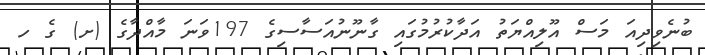
ބުނެވިދިއަ މަސް އޫލިއްޔަތު އަދާކުރުމުގައި ގާނޫނުއަސާސިގެ 197ވަނަ މާއްދާގެ (ށ) ގެ ހ